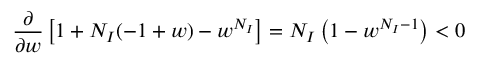
\frac { \partial } { \partial w } \left[ 1 + N _ { I } ( - 1 + w ) - w ^ { N _ { I } } \right] = N _ { I } \left( 1 - w ^ { N _ { I } - 1 } \right) < 0